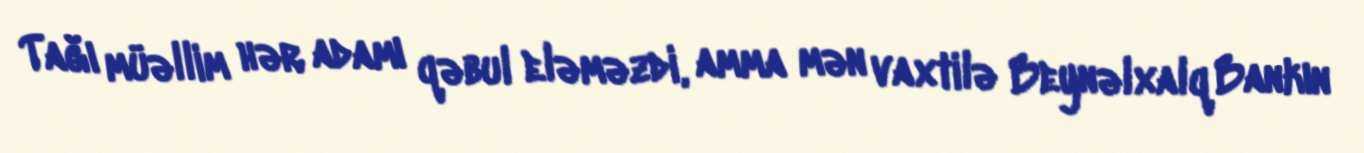
Tağı müəllim hər adamı qəbul eləməzdi, amma mən vaxtilə Beynəlxalq Bankın